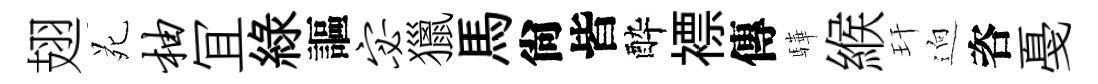
翅苑柚冝緑謳宓獵馬尙皆酔褾傳驊緱玕逈咨戞